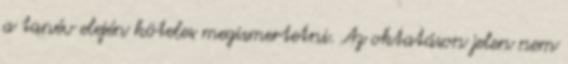
a tanév elején köteles megismertetni. Az oktatáson jelen nem